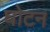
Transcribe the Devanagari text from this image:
घोटन